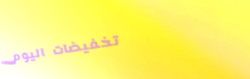
تخفيضات اليوم